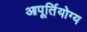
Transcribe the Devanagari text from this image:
आपूर्तियोग्य